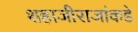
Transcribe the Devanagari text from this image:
शहाजीराजांकडे